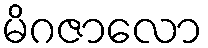
မိဂဇာလော